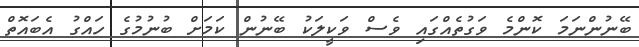
ބޭނުންނަމަ ކޮންމެ ވަގުތެއްގައި ވެސް ވަކީލަކު ބޭނުން ކަމަށް ބުނުމުގެ ހައްގު އެބައޮތް